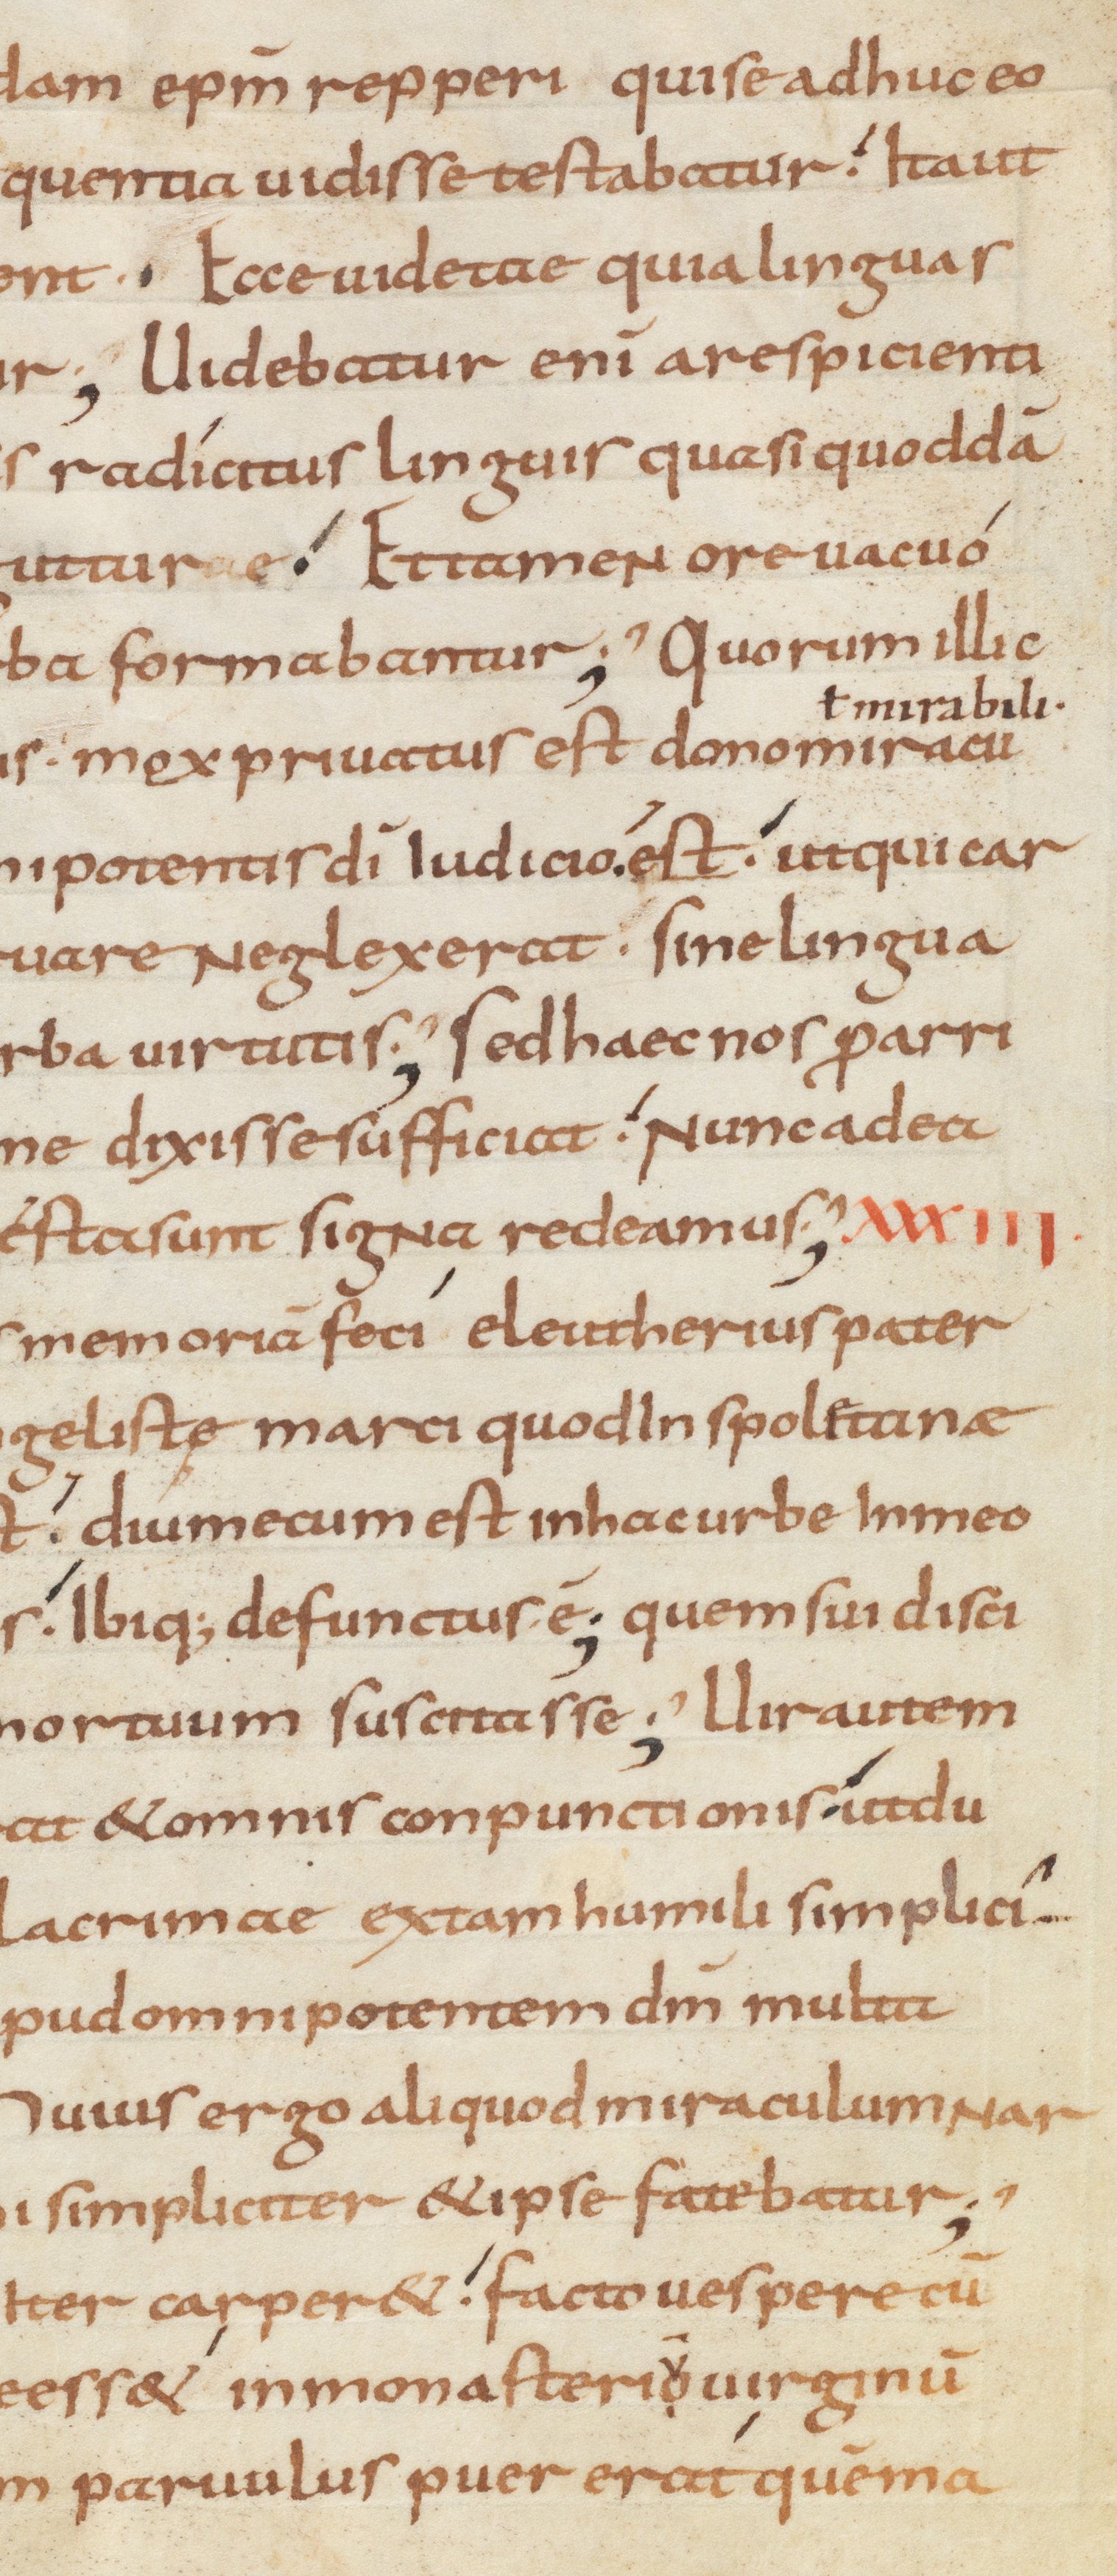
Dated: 900–999